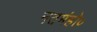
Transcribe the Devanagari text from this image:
नतमंहो०